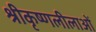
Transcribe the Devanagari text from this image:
श्रीकृष्णलीलाओं